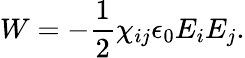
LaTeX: W=-\frac{1}{2}\chi_{ij}\epsilon_{0}E_{i}E_{j}.